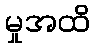
မှုအထိ